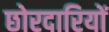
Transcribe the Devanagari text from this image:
छोरदारियों